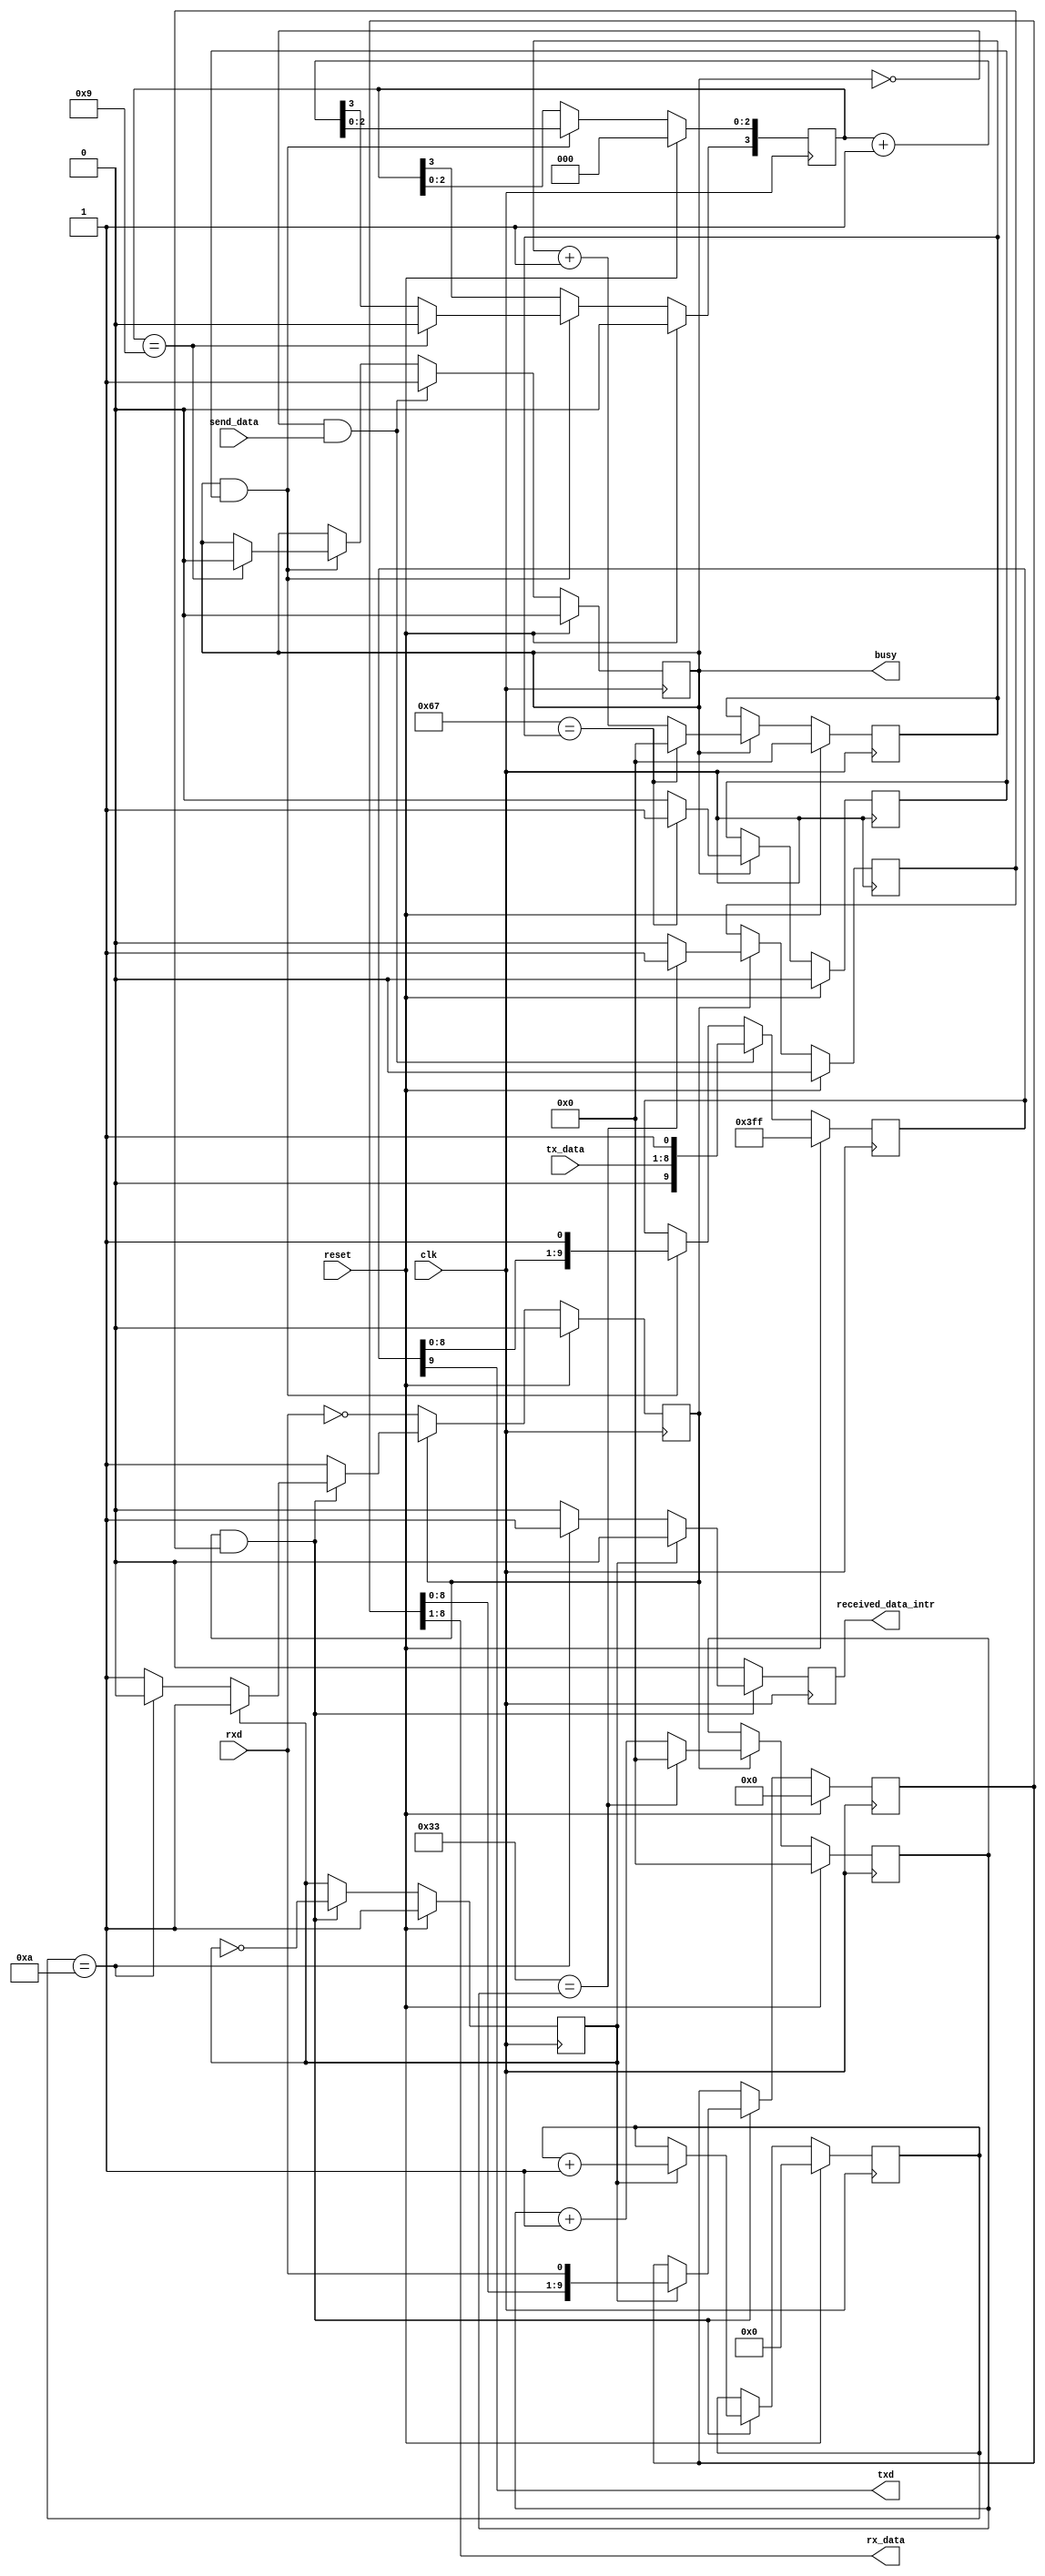
// Copyright

module uart #(
parameter INPUT_FREQ = 12_000_000,
parameter BAUD_RATE = 115_200
)(
input wire clk,
input wire reset,
input wire rxd,
output wire txd,
output wire [7:0] rx_data,
output reg received_data_intr,
input wire [7:0] tx_data,
output reg busy,
input wire send_data
);

// TODO: "Debounce/synchronize" rxd
// TODO: Compute clock enable for proper baud rate

reg [9:0] rx_buffer;
reg [9:0] tx_buffer;

reg [3:0] rx_received;
reg [3:0] tx_sent;

assign txd = tx_buffer[9];
assign rx_data = rx_buffer[8:1];

reg [7:0] rx_baud_divider;
reg rx_baud_enable;
reg rx_baud_middle;
reg rx_receiving;
reg [7:0] tx_baud_divider;
reg tx_baud_enable;

// Receive baud generator
always @(posedge clk) begin
	if (rx_receiving) begin
		rx_baud_enable <= 1'b0;
		rx_baud_divider <= rx_baud_divider + 8'd1;
		if ((INPUT_FREQ/(2*BAUD_RATE)-1) == rx_baud_divider) begin
			rx_baud_enable <= 1'b1;
			rx_baud_divider <= 8'd0;
		end
	end
	if (reset) begin
		rx_baud_enable <= 1'b0;
		rx_baud_divider <= 8'd0;
	end
end

// Receive state machine
always @(posedge clk) begin
	received_data_intr <= 1'b0; // We might want the to have the same reset as other rx flops for better packing.
	if (rx_receiving&rx_baud_enable) begin
		rx_baud_middle <= ~rx_baud_middle;
		if (rx_baud_middle) begin
			rx_buffer <= {rx_buffer[8:0], rxd};
			rx_received <= rx_received + 4'd1;
		end else begin
			if (rx_received == 4'd10) begin
				rx_receiving <= 1'b0;
				received_data_intr <= 1'b1;
			end
		end
	end
	if (~rx_receiving) begin
		rx_receiving <= ~rxd;
	end
	if (reset) begin
		rx_buffer <= 10'd0;
		rx_received <= 3'd0;
		rx_receiving <= 1'b0;
		rx_baud_middle <= 1'b1;
	end
end

// Transmit state machine
always @(posedge clk) begin
	if (busy&tx_baud_enable) begin
		tx_buffer <= {tx_buffer[8:0], 1'b1};
		tx_sent <= tx_sent + 4'b1;
		if (tx_sent == 4'd9) begin
			busy <= 1'b0;
			tx_sent[3] <= 1'b0;
		end
	end
	if (~busy & send_data) begin
		tx_buffer <= {1'b0, tx_data, 1'b1};
		busy <= 1'b1;
	end
	if (reset) begin
		tx_buffer <= 10'h3ff;
		tx_sent <= 4'd0;
		busy <= 1'b0;
	end
end

// Transmit baud generator
always @(posedge clk) begin
	if (busy) begin
		tx_baud_enable <= 1'b0;
		tx_baud_divider <= tx_baud_divider + 8'd1;
		if ((INPUT_FREQ/BAUD_RATE-1) == tx_baud_divider) begin
			tx_baud_enable <= 1'b1;
			tx_baud_divider <= 8'd0;
		end
	end
	if (reset) begin
		tx_baud_enable <= 1'b0;
		tx_baud_divider <= 8'd0;
	end
end

endmodule